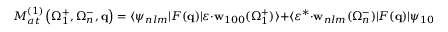
{ \cal M } _ { a t } ^ { ( 1 ) } \left( \Omega _ { 1 } ^ { + } , \Omega _ { n } ^ { - } , \mathbf { q } \right) = \langle \psi _ { n l m } | F ( \mathbf { q } ) | \boldsymbol { \varepsilon } \cdot { \mathbf { w } } _ { 1 0 0 } ( \Omega _ { 1 } ^ { + } ) \rangle + \langle \boldsymbol { \varepsilon } ^ { * } \cdot { \mathbf { w } } _ { n l m } ( \Omega _ { n } ^ { - } ) | F ( \mathbf { q } ) | \psi _ { 1 0 0 } \rangle ,